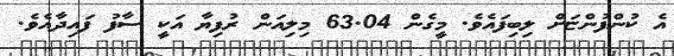
އެ ކުންފުންޏަށް ލިބިފައެވެ. މީގެން 63.04 މިލިއަން ރުފިޔާ އަކީ ސާފު ފައިދާއެވެ.